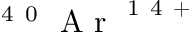
^ \mathrm { ~ 4 ~ 0 ~ } \mathrm { ~ A ~ r ~ } ^ { \mathrm { ~ 1 ~ 4 ~ + ~ } }